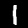
Label: 1